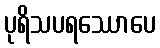
ပုရိသပရဿောပေ